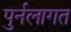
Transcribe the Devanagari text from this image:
पुर्नलागत